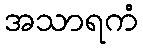
အသာရကံ